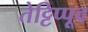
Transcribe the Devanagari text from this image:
तेट्टिप्पूव